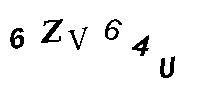
6ZV64U